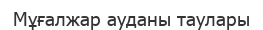
Мұғалжар ауданы таулары